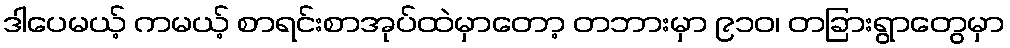
ဒါပေမယ့် ကမယ့် စာရင်းစာအုပ်ထဲမှာတော့ တဘားမှာ ၉၁၀၊ တခြားရွာတွေမှာ